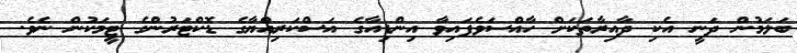
ބަލަމުން ދަނީ އެކި ދާއިރާތަކަށް ހާއްސަވެފައިވާ އިންޑިއާގެ އަސްކަރިއްޔާގެ ޑޮކްޓަރުންގެ ޓީމަކުން ނެވެ.